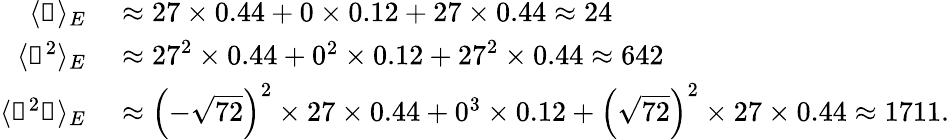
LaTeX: \begin{array}{rl}{\langle\mathscr{z}\rangle_{E}}&{{}\approx 27\times 0.44+0\times 0.12+27\times 0.44\approx 24}\\ {\langle\mathscr{z}^{2}\rangle_{E}}&{{}\approx 27^{2}\times 0.44+0^{2}\times 0.12+27^{2}\times 0.44\approx 642}\\ {\langle\mathscr{x}^{2}\mathscr{z}\rangle_{E}}&{{}\approx\left(-\sqrt{72}\right)^{2}\times 27\times 0.44+0^{3}\times 0.12+\left(\sqrt{72}\right)^{2}\times 27\times 0.44\approx 1711.}\end{array}